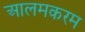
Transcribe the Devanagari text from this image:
आलमकरम